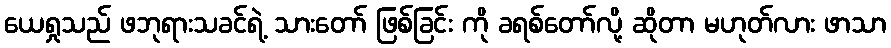
ယေရှုသည် ဖဘုရားသခင်ရဲ့ သားတော် ဖြစ်ခြင်း ကို ခရစ်တော်လို့ ဆိုတာ မဟုတ်လား ဖာသာ